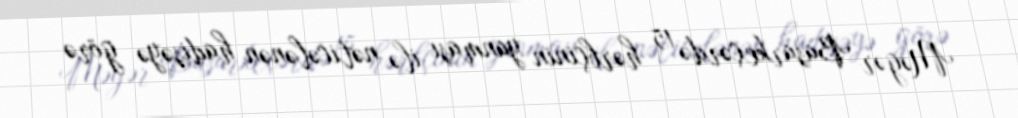
Məgər Basarkeçərdə 15 hərbçinin yanması ilə nəticələnən hadisəyə görə